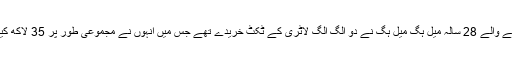
افریقہ سے تعلق رکھنے والے 28 سالہ میل ہِگ میل ہِگ نے دو الگ الگ لاٹری کے ٹکٹ خریدے تھے جس میں انہوں نے مجموعی طور پر 35 لاکھ کینیڈین ڈالر جیتے تھے۔